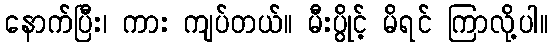
နောက်ပြီး၊ ကား ကျပ်တယ်။ မီးပွိုင့် မိရင် ကြာလို့ပါ။